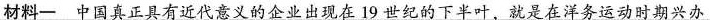
材料一中国真正具有近代意义的企业出现在19世纪的下半叶，就是在洋务运动时期兴办